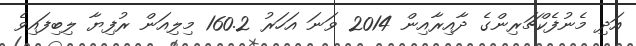
އަދި މެނުފެކްޗަރިންގެ ދާއިރާއިން 2014 ވަނަ އަހަރު 160.2 މިލިއަން ރުފިޔާ ލިބިފައިވެ